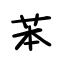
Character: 苯